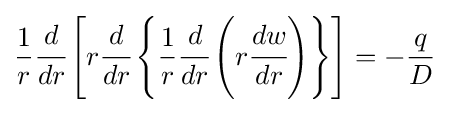
{\frac {1}{r}}{\cfrac {d}{dr}}\left[r{\cfrac {d}{dr}}\left\{{\frac {1}{r}}{\cfrac {d}{dr}}\left(r{\cfrac {dw}{dr}}\right)\right\}\right]=-{\frac {q}{D}}